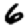
Digit: 6